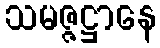
သမဇ္ဇဋ္ဌာနေ